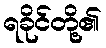
ရခိုင်တို့၏